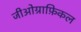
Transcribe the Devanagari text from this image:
जीओग्राफ़िकल